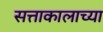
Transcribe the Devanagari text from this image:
सत्ताकालाच्या